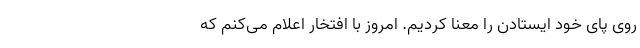
روی پای خود ایستادن را معنا کردیم. امروز با افتخار اعلام می‌کنم که